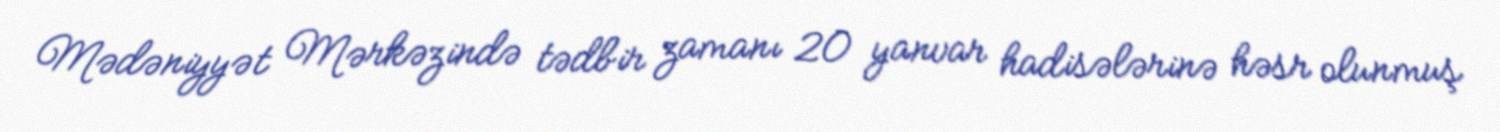
Mədəniyyət Mərkəzində tədbir zamanı 20 yanvar hadisələrinə həsr olunmuş